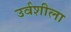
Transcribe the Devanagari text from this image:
उर्वशीला